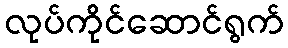
လုပ်ကိုင်ဆောင်ရွက်